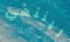
لينتهي